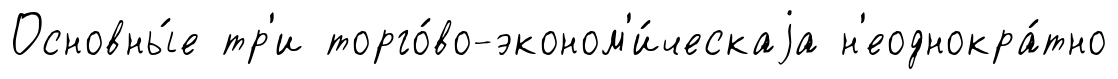
Основны́е тр'и торго́во-эконом'и́ческаjа н'еоднокра́тно